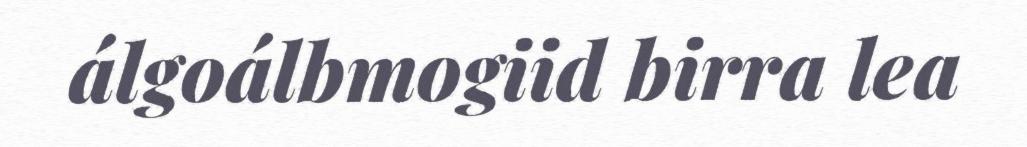
álgoálbmogiid birra lea